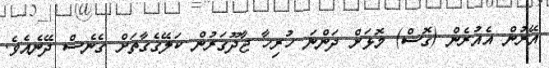
އޭރުން އެއުރެން (ގޮސް) މޮޅަށް ދަންނަ ހުރިހާ ޖާދޫގަރުން ކަލޭގެގާތަށް ގެނެސް ދޭނެއެވެ.